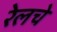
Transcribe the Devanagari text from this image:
रेलचे